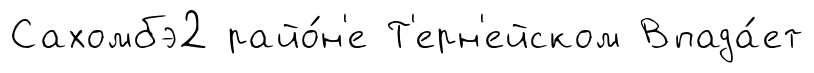
Сахомбэ2 райо́н'е Т'ерн'ейском Впада́ет